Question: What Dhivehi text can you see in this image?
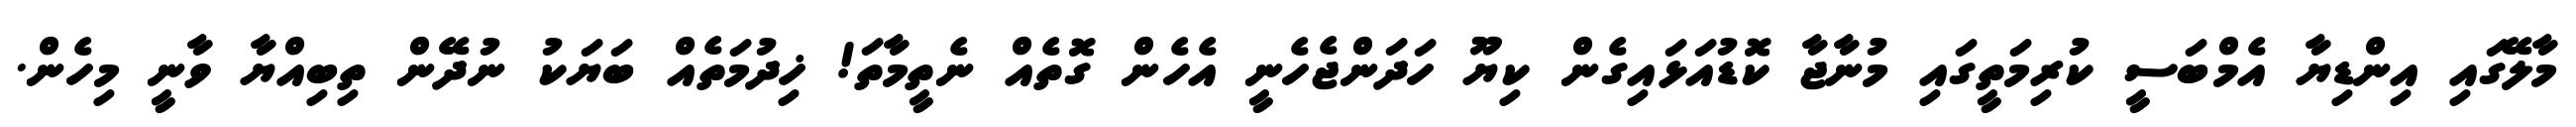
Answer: މާލޭގައި އިންޑިޔާ އެމްބަސީ ކުރިމަތީގައި މުނާޖާ ކޮޑުއަޅައިގެން ކިޔޫ ހަދަންޖެހެނީ އެހެން ގޮތެއް ނެތީމާތަ! ޚިދުމަތެއް ބަޔަކު ނުދޭން ތިބިއްޔާ ވާނީ މިހެން.